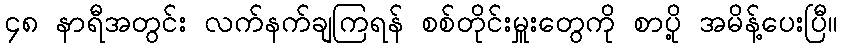
၄၈ နာရီအတွင်း လက်နက်ချကြရန် စစ်တိုင်းမှူးတွေကို စာပို့ အမိန့်ပေးပြီ။